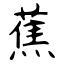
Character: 蕉